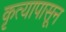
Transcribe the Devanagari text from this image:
कृत्यापासून